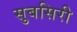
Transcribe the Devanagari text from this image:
सुबसिरी